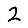
Digit: 2